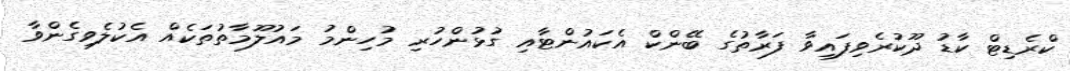
ކްރެޑިޓް ކާޑު ދޫކުރެވިފައިވާ ފަރާތުގެ ބޭންކް އެކައުންޓާއި ގުޅުންހުރި މުހިންމު މައުލޫމާތުތަކެއް އެކުލެވިގެންވާ